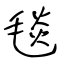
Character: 毯